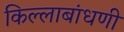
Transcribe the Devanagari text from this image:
किल्लाबांधणी